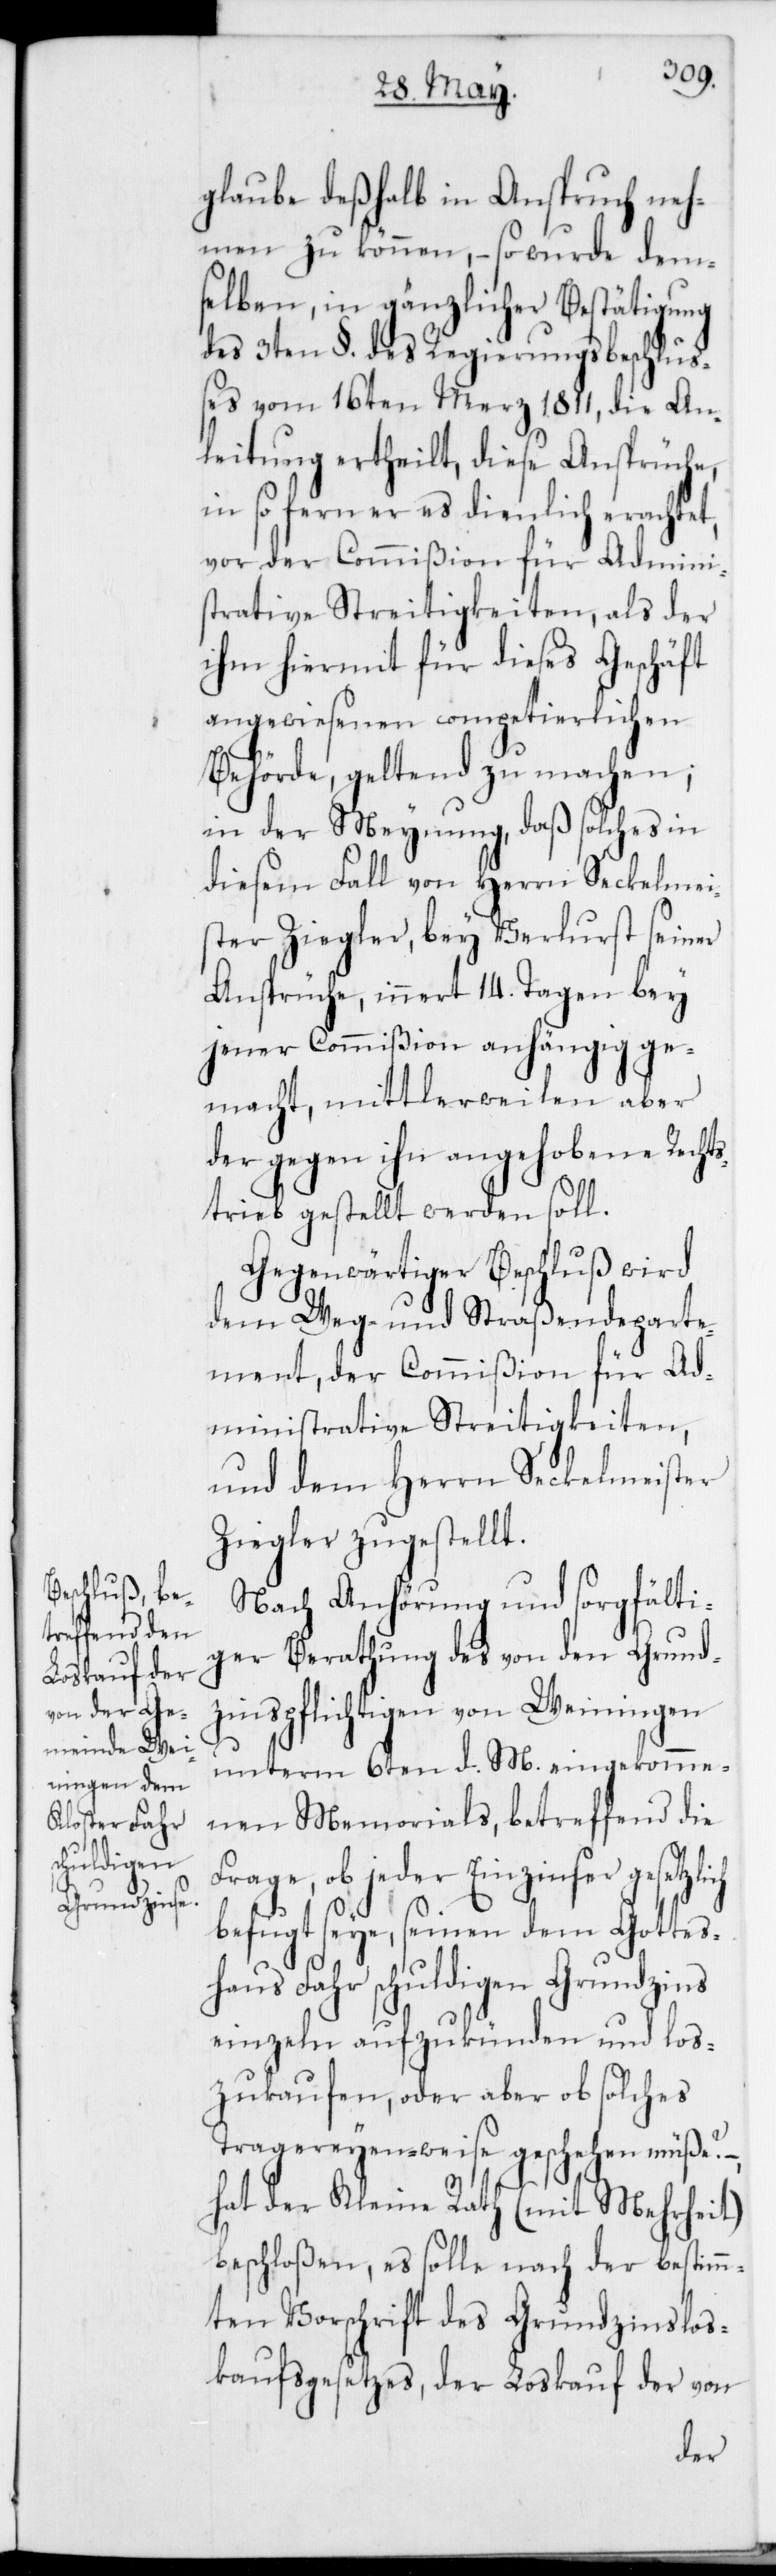
glaube deßhalb in Anspruch neh¬
men zu können, – so wurde dem¬
selben, in gänzlicher Bestätigung
des 3ten §. des Regierungsbeschluß¬
es vom 16ten Merz 1811, die An¬
leitung ertheilt, diese Ansprüche,
in so fern er es dienlich erachtet,
vor der Commißion für Admini¬
strative Streitigkeiten, als der
ihm hiermit für dieses Geschäft
angewiesenen competierlichen
Behörde, geltend zu machen;
in der Meynung, daß solches in
diesem Fall von Herrn Seckelmei¬
ster Ziegler, bey Verlust seiner
Ansprüche, innert 14. Tagen bey
jener Commißion anhängig ge¬
macht, mittlerweilen aber
der gegen ihn angehobene Rechts¬
trieb gestellt werden soll.
Gegenwärtiger Beschluß wird
dem Weg- und Straßendeparte¬
ment, der Commißion für Ad¬
ministrative Streitigkeiten
und dem Herrn Seckelmeister
Ziegler zugestellt.
Nach Anhörung und sorgfälti¬
ger Berathung des von den Grund¬
zinspflichtigen von Weiningen
unterm 6ten d. M. eingekomme¬
nen Memorials, betreffend die
Frage, ob jeder Einzinser gesetzl¬
befugt seye, seinen dem Gottes¬
haus Fahr schuldigen Grundzins
einzeln aufzukünden und los¬
zukaufen, oder aber ob solches
Tragereyen-weise geschehen müße? –,
ich
hat der Kleine Rath (mit Mehrheit)
beschloßen, es solle nach der bestimm¬
ten Vorschrift des Grundzinslos¬
kaufsgesetzes, der Loskauf der von